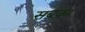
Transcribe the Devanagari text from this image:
सबक़ा